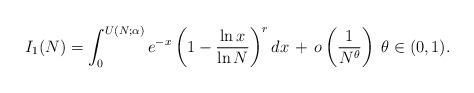
LaTeX: \begin{align*}I_1(N) = \int_0^{U(N; \alpha)} e^{-x} \left(1 - \frac{\ln x}{\ln N}\right)^r dx \,+ \, o\left(\frac{1}{N^{\theta}}\right)\;\theta \in (0, 1).\end{align*}